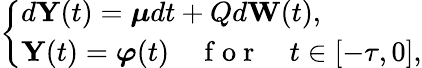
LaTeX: \left\{ \begin{array}{ll}{d\textbf{Y}(t)=\boldsymbol{\mu}dt+Qd\textbf{W}(t),}\\ {\textbf{Y}(t)=\boldsymbol{\varphi}(t)\quad\mathrm{~f~o~r~}\quad t\in[-\tau,0],}\end{array}\right.